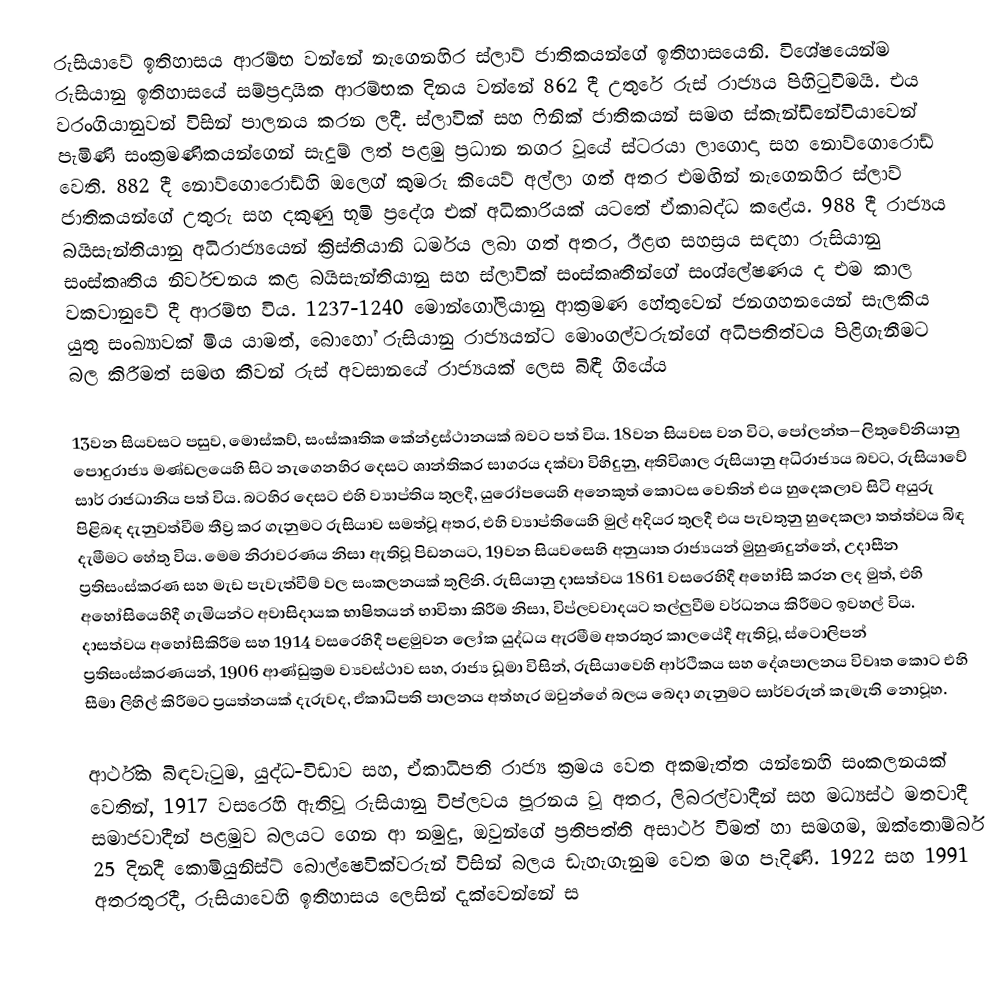
රුසියාවේ ඉතිහාසය ආරම්භ වන්නේ නැගෙනහිර ස්ලාව් ජාතිකයන්ගේ ඉතිහාසයෙනි. විශේෂයෙන්ම රුසියානු ඉතිහාසයේ සම්ප්‍රදායික ආරම්භක දිනය වන්නේ 862 දී උතුරේ රුස් රාජ්‍යය පිහිටුවීමයි. එය වරංගියානුවන් විසින් පාලනය කරන ලදී. ස්ලාවික් සහ ෆිනික් ජාතිකයන් සමඟ ස්කැන්ඩිනේවියාවෙන් පැමිණි සංක්‍රමණිකයන්ගෙන් සැදුම් ලත් පළමු ප්‍රධාන නගර වූයේ ස්ටරයා ලාගොදා සහ නොව්ගොරොඩ් වෙති. 882 දී නොව්ගොරොඩ්හි ඔලෙග් කුමරු කියෙව් අල්ලා ගත් අතර එමඟින් නැගෙනහිර ස්ලාව් ජාතිකයන්ගේ උතුරු සහ දකුණු භූමි ප්‍රදේශ එක් අධිකාරියක් යටතේ ඒකාබද්ධ කළේය. 988 දී රාජ්‍යය බයිසැන්තියානු අධිරාජ්‍යයෙන් ක්‍රිස්තියානි ධර්මය ලබා ගත් අතර, ඊළඟ සහස්‍රය සඳහා රුසියානු සංස්කෘතිය නිර්වචනය කළ බයිසැන්තියානු සහ ස්ලාවික් සංස්කෘතීන්ගේ සංශ්ලේෂණය ද එම කාල වකවානුවේ දී ආරම්භ විය. 1237-1240 මොන්ගෝලියානු ආක්‍රමණ හේතුවෙන් ජනගහනයෙන් සැලකිය යුතු සංඛ්‍යාවක් මිය යාමත්, බොහෝ රුසියානු රාජ්‍යයන්ට මොංගල්වරුන්ගේ අධිපතිත්වය පිළිගැනීමට බල කිරීමත් සමඟ කීවන් රුස් අවසානයේ රාජ්‍යයක් ලෙස බිඳී ගියේය

13වන සියවසට පසුව, මොස්කව්, සංස්කෘතික කේන්ද්‍රස්ථානයක් බවට පත් විය. 18වන සියවස වන විට,   පෝලන්ත–ලිතුවේනියානු පොදුරාජ්‍ය මණ්ඩලයෙහි සිට නැගෙනහිර දෙසට ශාන්තිකර සාගරය දක්වා විහිදුනු,  අතිවිශාල රුසියානු අධිරාජ්‍යය බවට, රුසියාවේ සාර් රාජධානිය පත් විය. බටහිර දෙසට එහි ව්‍යාප්තිය තුලදී, යුරෝපයෙහි අනෙකුත් කොටස වෙතින් එය හුදෙකලාව සිටි අයුරු පිළිබඳ  දැනුවත්වීම තීව්‍ර කර ගැනුමට රුසියාව සමත්වූ අතර, එහි ව්‍යාප්තියෙහි මුල් අදියර තුලදී එය පැවතුනු හුදෙකලා තත්ත්වය බිඳ දැමීමට හේතු විය. මෙම නිරාවරණය නිසා ඇතිවූ පිඩනයට, 19වන සියවසෙහි අනුයාත රාජ්‍යයන් මුහුණදුන්නේ, උදාසීන ප්‍රතිසංස්කරණ සහ මැඩ පැවැත්වීම් වල සංකලනයක් තුලිනි. රුසියානු දාසත්වය  1861 වසරෙහිදී අහෝසි කරන ලද මුත්,  එහි අහෝසියෙහිදී  ගැමියන්ට අවාසිදායක භාෂිතයන් භාවිතා කිරීම නිසා,  විප්ලවවාදයට තල්ලුවීම වර්ධනය කිරීමට ඉවහල් විය. දාසත්වය අහෝසිකිරීම සහ 1914 වසරෙහිදී පළමුවන ලෝක යුද්ධය ඇරමීම අතරතුර කාලයේදී ඇතිවූ,   ස්ටොලිපන් ප්‍රතිසංස්කරණයන්,  1906 ආණ්ඩුක්‍රම ව්‍යවස්ථාව සහ, රාජ්‍ය ඩූමා විසින්,  රුසියාවෙහි ආර්ථිකය සහ දේශපාලනය  විවෘත කොට එහි සීමා ලිහිල් කිරීමට ප්‍රයත්නයක් දැරුවද, ඒකාධිපති පාලනය අත්හැර ඔවුන්ගේ බලය බෙදා ගැනුමට සාර්වරුන් කැමැති නොවූහ.

ආර්ථික බිඳවැටුම, යුද්ධ-විඩාව සහ, ඒකාධිපති රාජ්‍ය ක්‍රමය වෙත අකමැත්ත යන්නෙහි සංකලනයක් වෙතින්, 1917 වසරෙහි ඇතිවූ  රුසියානු විප්ලවය පූරනය වූ අතර,  ලිබරල්වාදීන් සහ මධ්‍යස්ථ මතවාදී  සමාජවාදීන්  පළමුව බලයට ගෙන ආ නමුදු, ඔවුන්ගේ ප්‍රතිපත්ති අසාර්ථ වීමත් හා සමගම,  ඔක්තොම්බර් 25 දිනදී කොමියුනිස්ට් බොල්ෂෙවික්වරුන් විසින් බලය ඩැහැගැනුම වෙත මග පෑදිණි. 1922 සහ  1991 අතරතුරදී, රුසියාවෙහි ඉතිහාසය ලෙසින් දැක්වෙන්නේ  ස